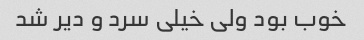
خوب بود ولی خیلی سرد و دیر شد